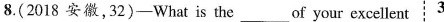
8.(2018 安徽,32)—What is the___of your excellent 3